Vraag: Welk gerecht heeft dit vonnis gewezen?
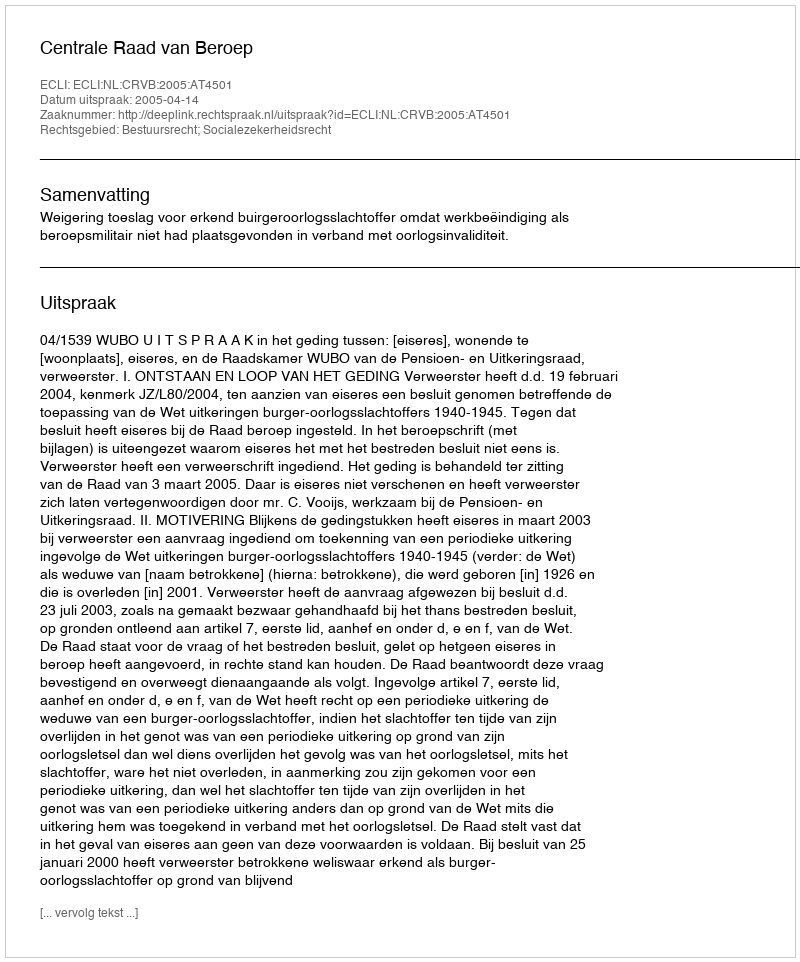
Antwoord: Centrale Raad van Beroep